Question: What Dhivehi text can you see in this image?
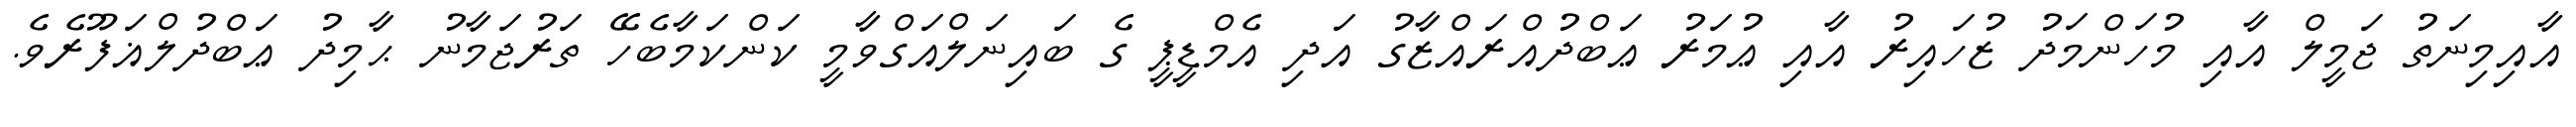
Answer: އާއިމިނަތު ޖަމީލް އާއި މުހަންމަދު ޒުހައިރު އާއި ޢުމަރު ޢަބްދުއްރައްޒާގު އަދި އެމްޑީޕީ ގެ ބައިނަލްއަގްވާމީ ކަންކަމާބެހޭ ތަރުޖަމާނު ޙާމިދު ޢަބްދުލްޣަފޫރެވެ.